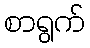
စာရွက်